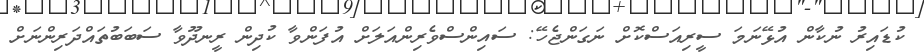
ކުޑައިރު ނުކާން އުޅޭނަމަ ސީރިއަސްކޮށް ނަގަންޖެހޭ: ސައިންސްވެރިންއަލަށް އުފަންވާ ކުދިން ރީނދޫވާ ސަބަބުތައްދަރިންނަށް